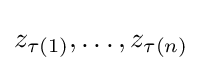
z_{\tau (1)},\dots ,z_{\tau (n)}